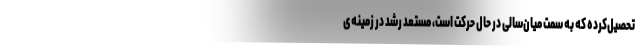
تحصیل‌کرده که به سمت میان‌سالی در حال حرکت است، مستعد رشد در زمینه‌ی